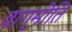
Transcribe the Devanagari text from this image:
वाग्मीति